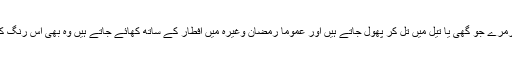
چاول سے بنے ہوئے خوش رنگ مرمرے جو گھی یا تیل میں تل کر پھول جاتے ہیں اور عموماً رمضان وغیرہ میں افطار کے ساتھ کھائے جاتے ہیں وہ بھی اس رنگ کی آمیزش سے تیار کئے جا تے ہیں۔